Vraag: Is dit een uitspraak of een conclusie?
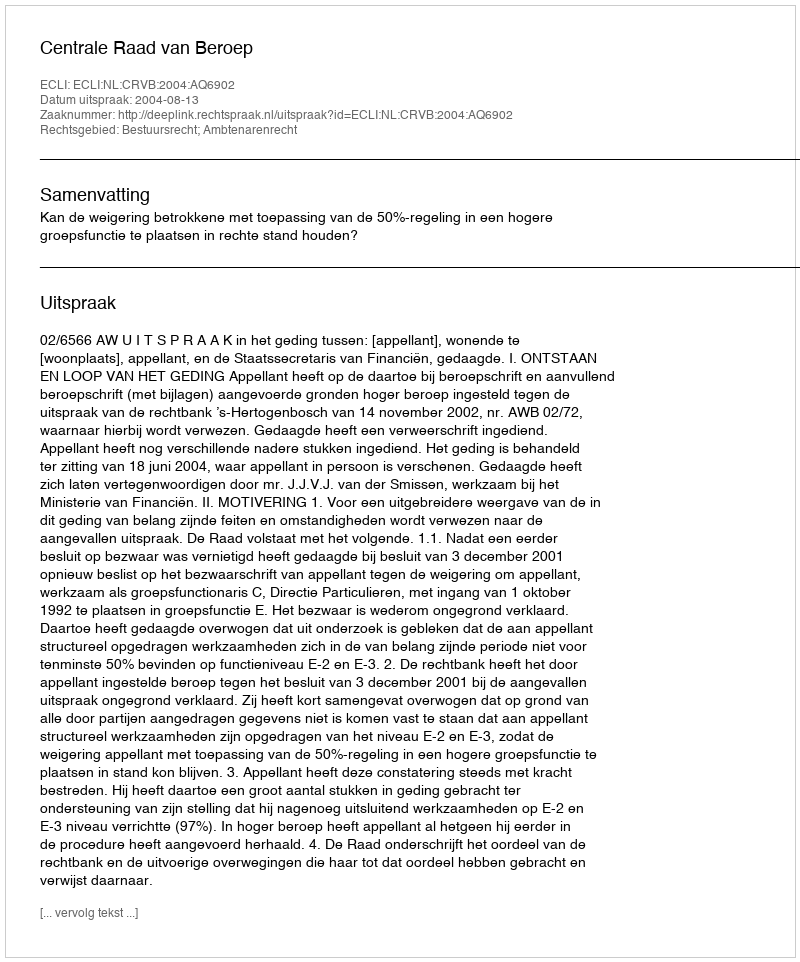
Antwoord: Uitspraak